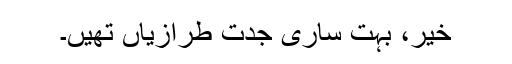
خیر، بہت ساری جدت طرازیاں تھیں۔